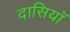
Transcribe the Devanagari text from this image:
दासियॉ